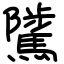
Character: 騭